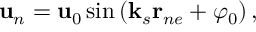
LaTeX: { \bf u } _ { n } = { \bf u } _ { 0 } \sin \left( { \bf k } _ { s } { \bf r } _ { n e } + \varphi _ { 0 } \right) ,